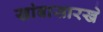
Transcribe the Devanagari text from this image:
खांबासारखे